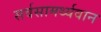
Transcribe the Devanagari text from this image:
सर्वसामर्थ्यवान